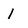
Character: 1